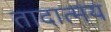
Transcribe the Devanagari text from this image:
तादात्मय